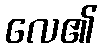
လေ၏